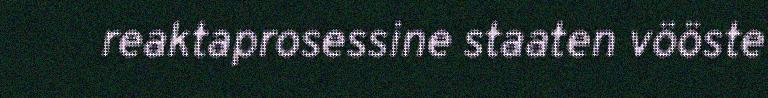
reaktaprosessine staaten vööste